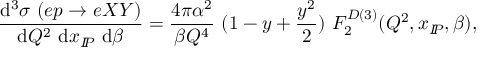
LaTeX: \frac { \mathrm { d } ^ { 3 } \sigma \ ( e p \rightarrow e X Y ) } { \mathrm { d } Q ^ { 2 } \ \mathrm { d } x _ { I \! \! P } \ \mathrm { d } \beta } = \frac { 4 \pi \alpha ^ { 2 } } { \beta Q ^ { 4 } } \ ( 1 - y + \frac { y ^ { 2 } } { 2 } ) \ F _ { 2 } ^ { D ( 3 ) } ( Q ^ { 2 } , x _ { I \! \! P } , \beta ) ,